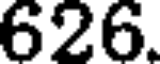
626.